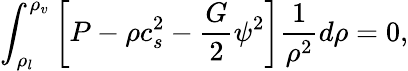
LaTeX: \int_{\rho_{l}}^{\rho_{v}}\left[P-\rho c_{s}^{2}-\frac{G}{2}\psi^{2}\right]\frac{1}{\rho^{2}}d\rho=0,